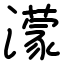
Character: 濛